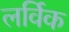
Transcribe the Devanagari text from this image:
लर्विक